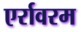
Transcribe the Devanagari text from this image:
एर्रावरम